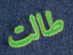
طالت